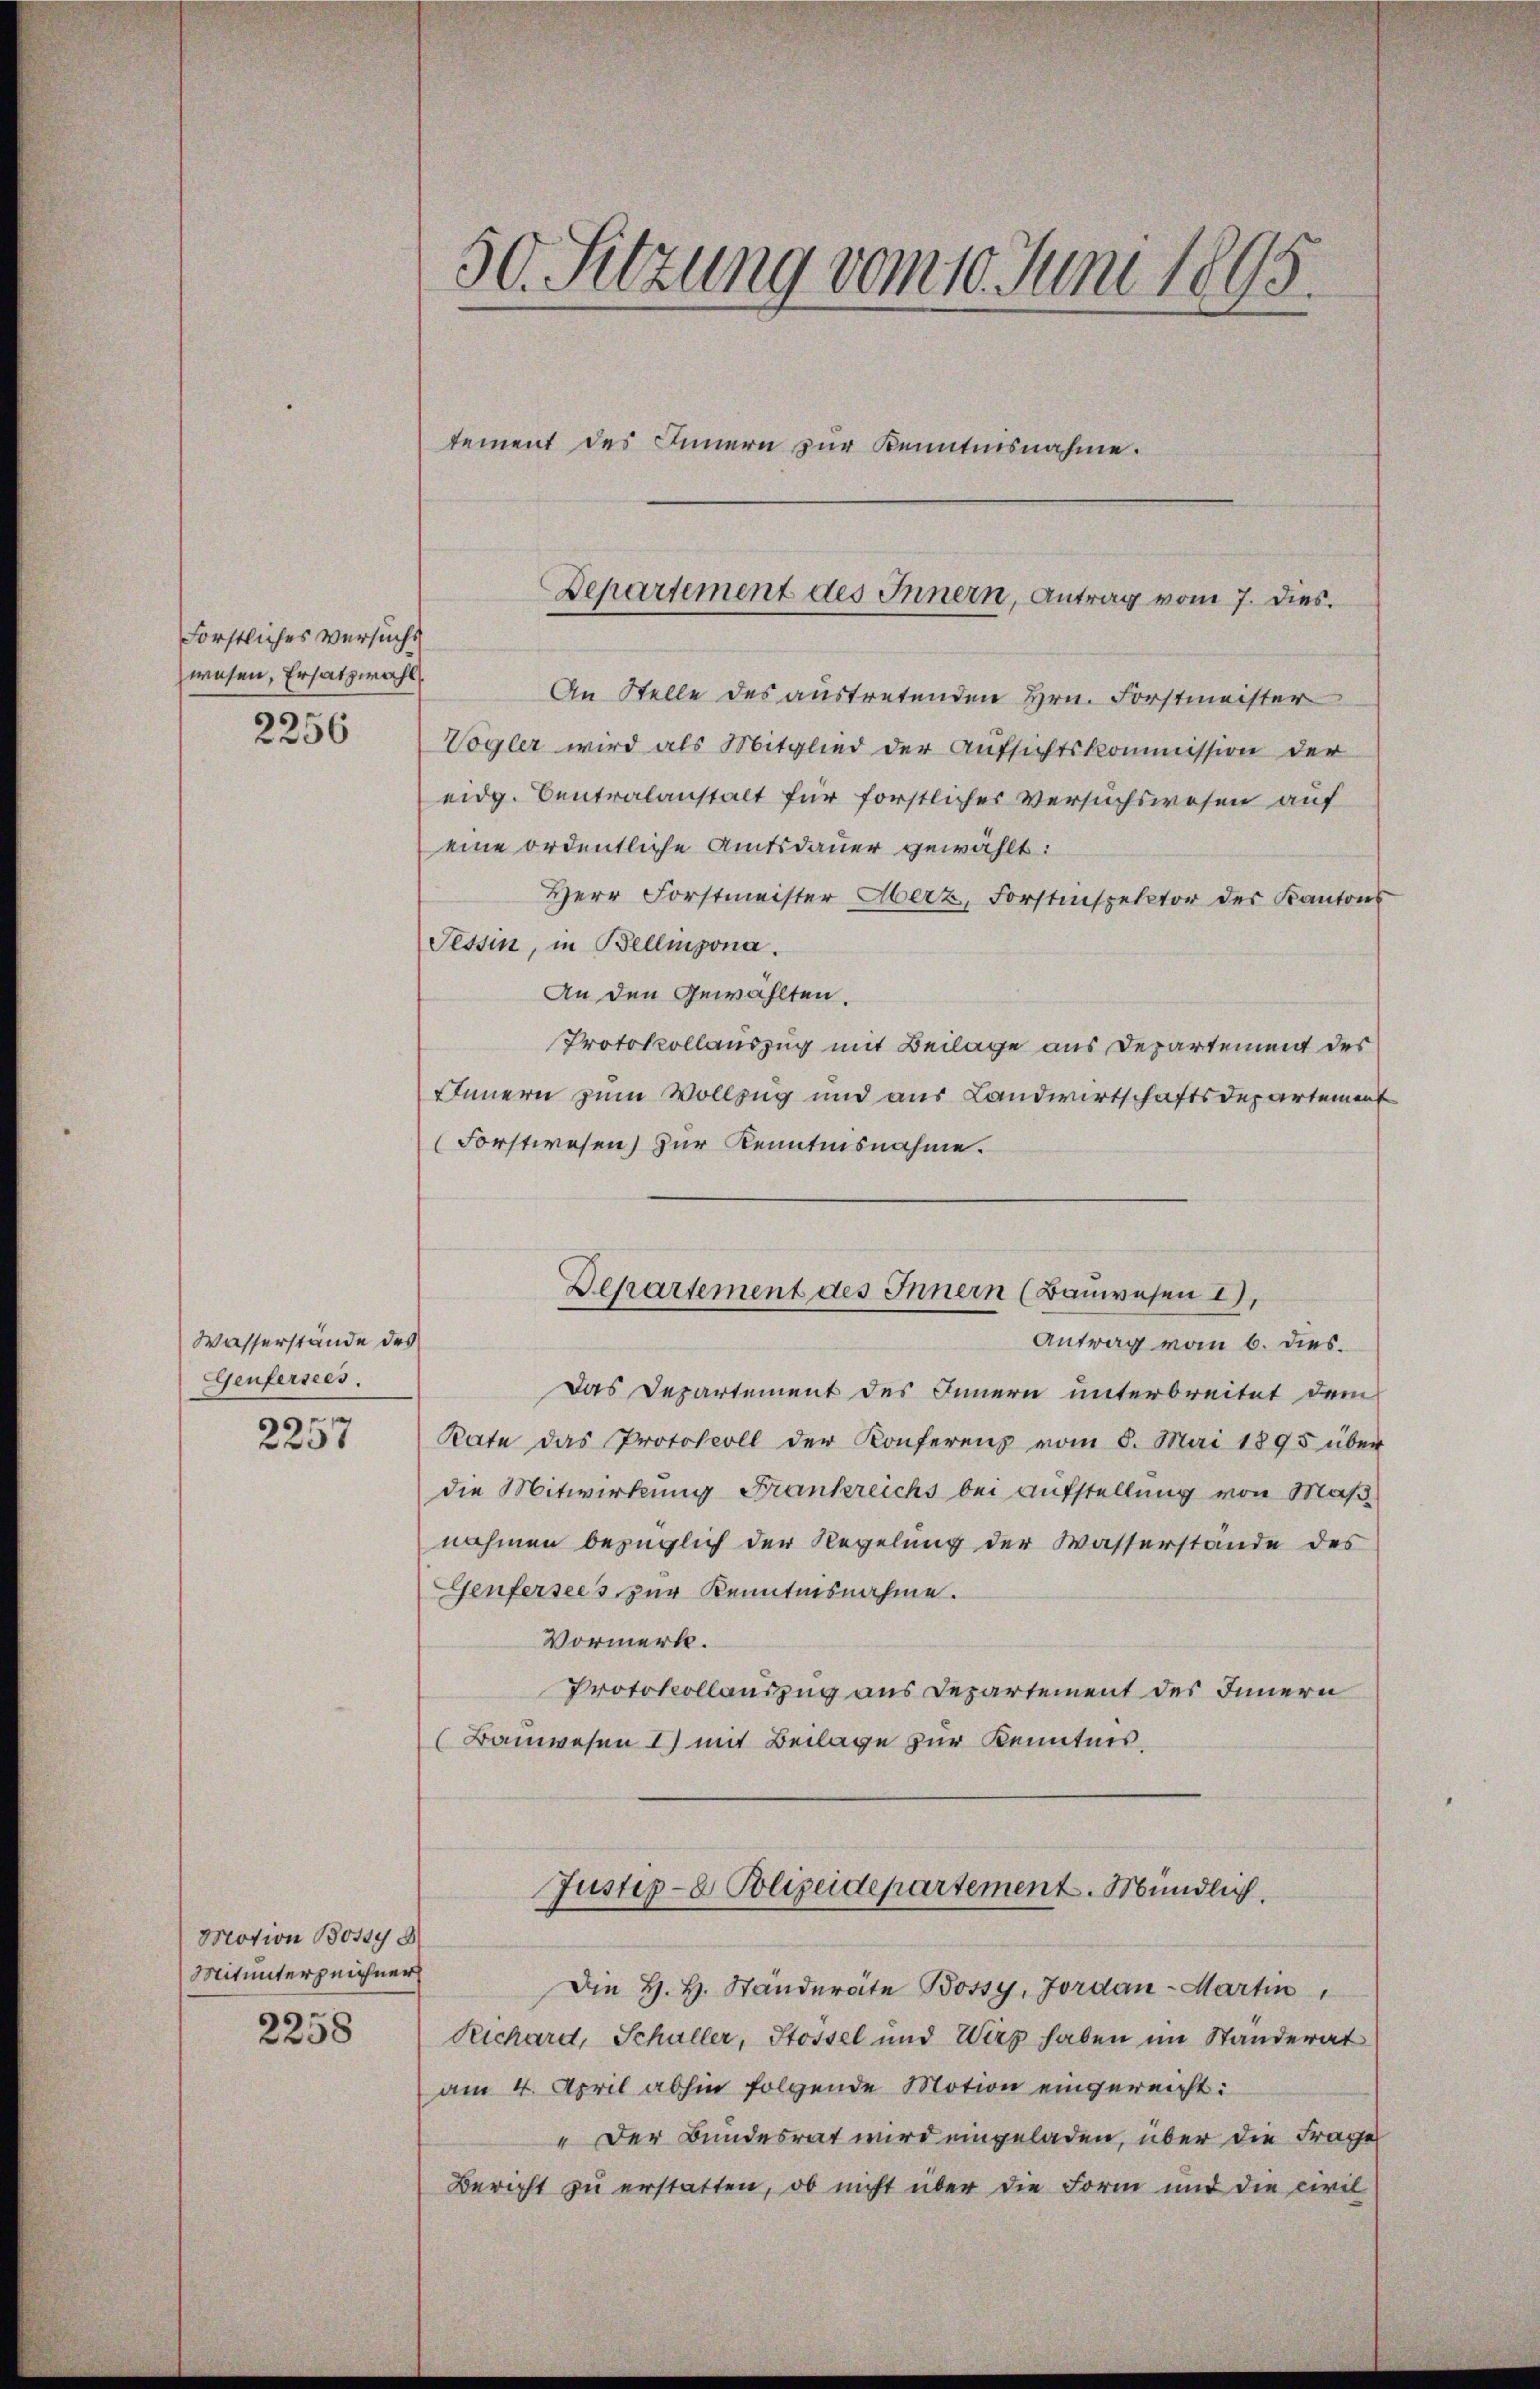
Forstliches Versucht
wesen, Ersatzwahl
2256

Wasserstände des
Genfersees.
2257

Motion Boy 8
Mitunterzeichner
2258

50. Sitzung vom 10. Juni 1895.

tement des Innern zur Kenntnisnahme.

An Stelle des austretenden Hrn. Forstmeister
Vögler wird als Mitglied der Aufsichtskommission der
eidg. Centralanstalt für forstlicher Versuchswesen auf
eine ordentliche Amtsdauer gewählt:
Herr Forstmeister Aberz, Forstinspektor der Kantons
Tessin, in Bellinzona.
An den Gewählten.
Protokollauszug mit Beilage aus Departement des
Innern zum Vollzug und aus Landwirtschaftsdepartement
Forstwesen) zur Kenntnisnahme.
Antrag vom 6. dies.
Das Departement des Innern unterbreitet dem
Rate das Protokoll der Konferenz vom 8. Mai 1895 über
die Mitwirkung Frankreichs bei Aufstellung von Maß
nahmen bezüglich der Regelung der Wasserstände des
Genfersees zur Kenntnisnahme.
Vormerk.
Protokollauszug aus Departement des Innern
Bauwesen 1) mit Beilage zur Kenntnis,
Justiz- & Polizeidepartement. Mündlich.
Die H. H. Ständeräte Bossy, Jordan-Martin
Richard, Schuller, Stossel und Wirz haben im Standerat
am 4. April abhin folgende Motion eingereicht:
" Der Bundesrat wird eingeladen, über die Frage
Bericht zu erstatten, ob nicht über die Form und die civil

Departement des Innern, Antrag vom 7. dies.

Departement des Innern (Bauwesen 2),